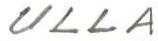
ULLA